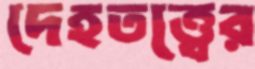
দেহতত্ত্বের